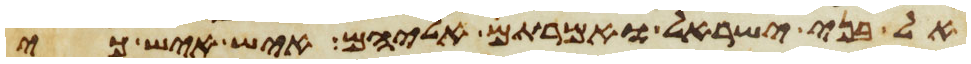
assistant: אל בני ישראל ואמרתם אליהם איש איש כי